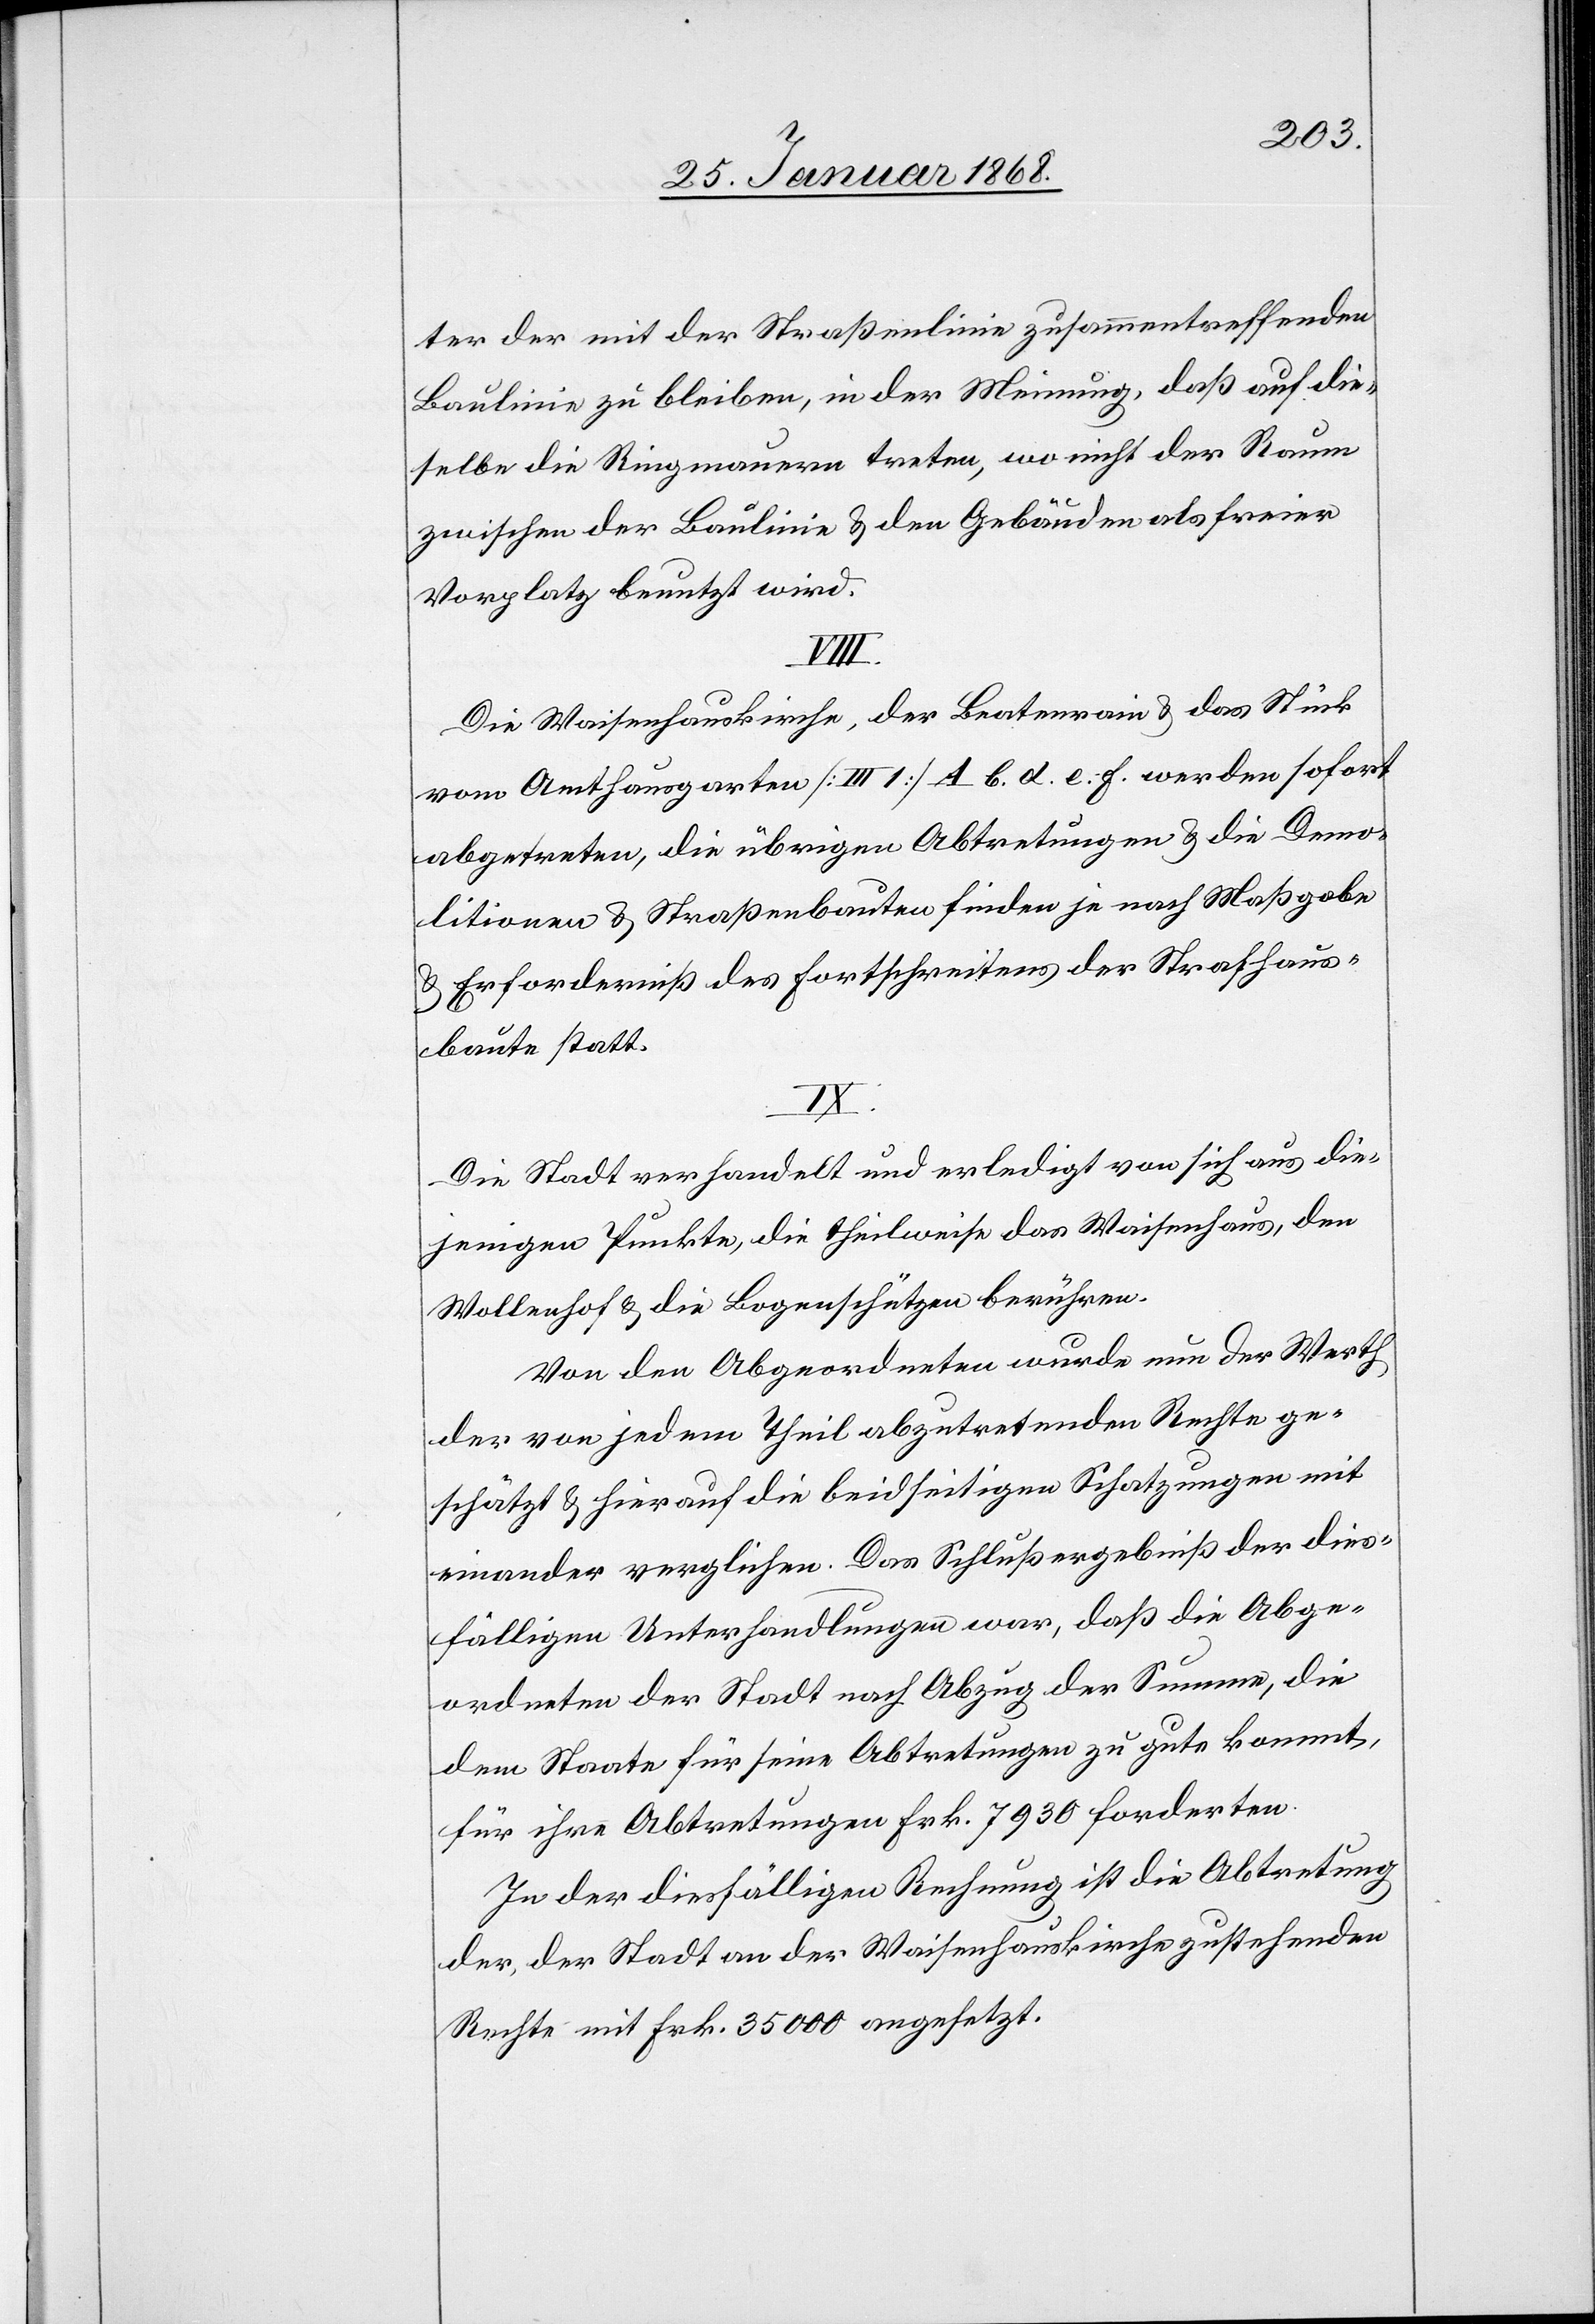
ter der mit der Straßenlinie zusammentreffenden
Baulinie zu bleiben, in der Meinung, daß auf die¬
selbe die Ringmauern treten, wo nicht der Raum
zwischen der Baulinie & den Gebäuden als freier
Vorplatz benutzt wird.
Die Waisenhauskirche, der Beatenrain & das Stück
vom Amthausgarten [III 1] A b. d. e. f. werden sofort
abgetreten, die übrigen Abtretungen & die Demo¬
litionen & Straßenbauten finden je nach Maßgabe
& Erforderniß des Fortschreitens der Strafhaus¬
baute statt.
Die Stadt verhandelt und erledigt von sich aus die¬
jenigen Punkte, die theilweise das Waisenhaus, den
Wollenhof & die Bogenschützen berühren.
Von den Abgeordneten wurde nun der Werth
der von jedem Theil abzutretenden Rechte ge¬
schätzt & hierauf die beidseitigen Schatzungen mit
einander verglichen. Das Schlußergebniß der dies¬
fälligen Unterhandlungen war, daß die Abge¬
ordneten der Stadt nach Abzug der Summe, die
dem Staate für seine Abtretungen zu gute kommt,
für ihre Abtretungen Frk. 7930 forderten.
In der diesfälligen Rechnung ist die Abtretung
der, der Stadt an der Waisenhauskirche zustehenden
Rechte mit Frk. 35 000 angesetzt.